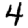
Digit: 4